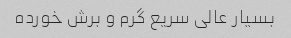
بسیار عالی سریع گرم و برش خورده